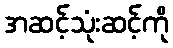
အဆင့်သုံးဆင့်ကို